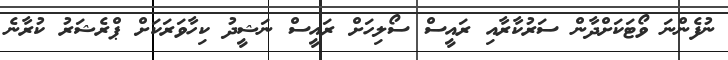
ނުފެންނަ ވޯޓަކަށްދާން ސަރުކާރާއި ރައީސް ސޯލިހަށް ރައީސް ނަޝީދު ކިހާވަރަކަށް ޕްރެޝަރު ކުރާނެ